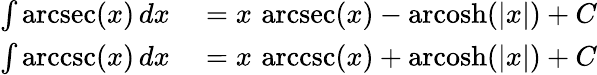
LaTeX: \begin{array}{rl}{\int\operatorname{arcsec}(x)\, dx}&{{}{}=x\, \operatorname{arcsec}(x)-\operatorname{arcosh}(|x|)+C}\\ {\int\operatorname{arccsc}(x)\, dx}&{{}{}=x\, \operatorname{arccsc}(x)+\operatorname{arcosh}(|x|)+C}\end{array}